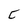
Character: C